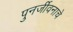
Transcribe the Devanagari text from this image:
पुनर्जीवनाचे